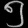
Digit: ၅